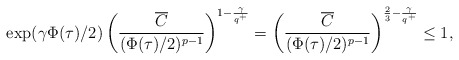
\begin{align*}\exp(\gamma\Phi(\tau)/2)\left(\frac{\overline{C}}{(\Phi(\tau)/2)^{p-1}}\right)^{1-\frac{\gamma}{q^+}}=\left(\frac{\overline{C}}{(\Phi(\tau)/2)^{p-1}}\right)^{\frac{2}{3}-\frac{\gamma}{q^+}} \leq 1,\end{align*}